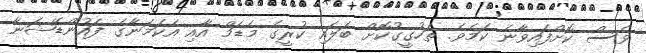
ވެސް ކޮށްފައިވާނެ ކަމެވެ. ތަހުގީގުކޮށް ބަލައި ކުރީގެ މެޑަމް އާއި އެކަމަނާގެ ފައުންޑޭޝަނާ